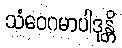
သံဝေဂမာပါဒုန္တိ